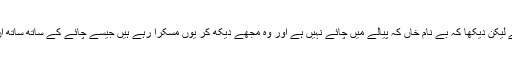
ہم اپنی بات جاری رکھنا چاہ رہے تھے لیکن دیکھا کہ بے نام خاں کہ پیالے میں چائے نہيں ہے اور وہ مجھے دیکھ کر یوں مسکرا رہے ہیں جیسے چائے کے ساتھ ساتھ ان کا جذبہ بغاوت بھی ختم ہو چکا ہے ۔